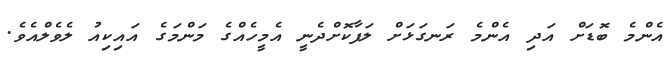
އެންމެ ބޮޑަށް އަދި އެންމެ ރަނގަޅަށް ލަފާކޮށްދެނީ އެމީހެއްގެ މަންމަގެ އައިކިއު ލެވެލްއެވެ.